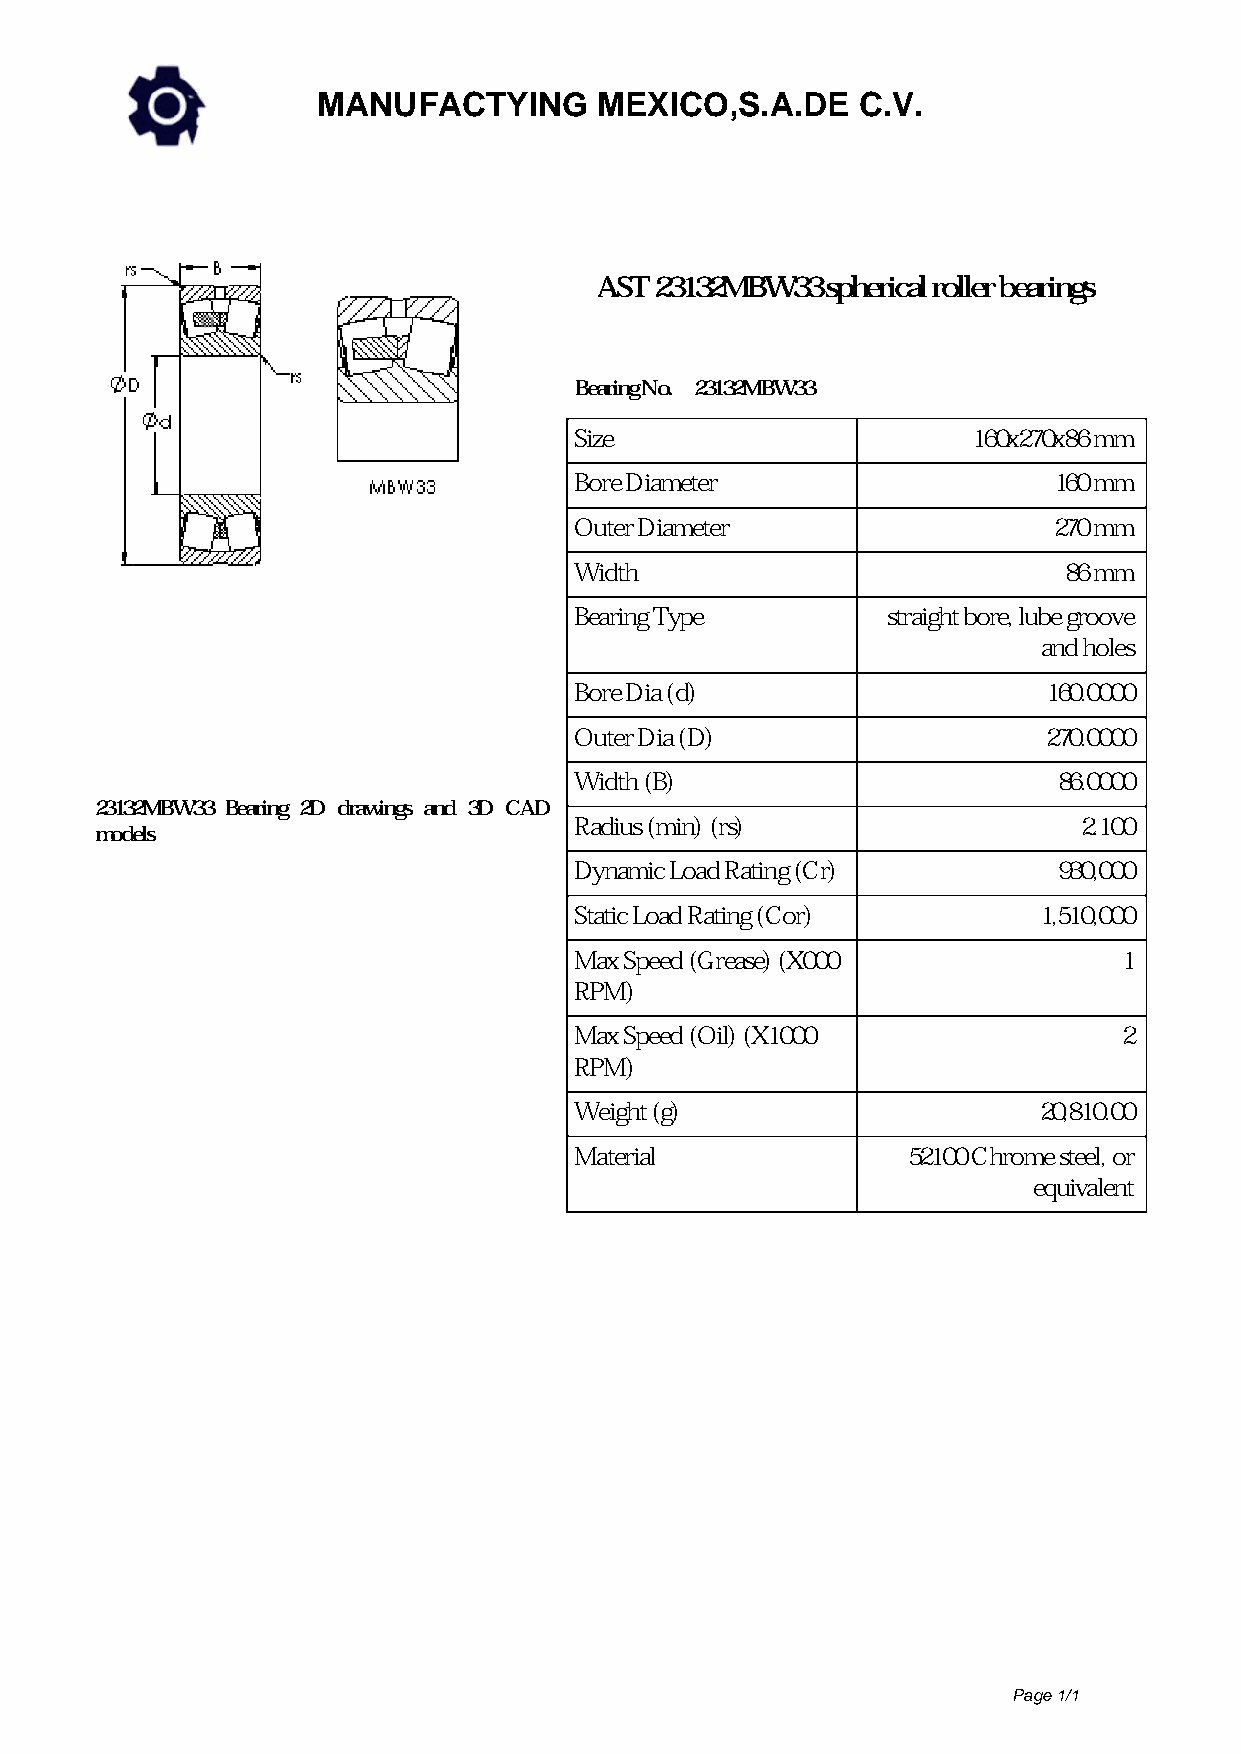
MANUFACTYING       MEXICO,S.A.DE    C.V.
 AST 23132MBW33  spherical roller bearings
 Bearing No. 23132MBW33
 Size                      160x270x86 mm
 Bore Diameter                   160 mm
 Outer Diameter                  270 mm
 Width                           86 mm
 Bearing Type         straight bore, lube groove
 and holes
 Bore Dia (d)                   160.0000
 Outer Dia (D)                  270.0000
 Width (B)                       86.0000
 23132MBW33 Bearing 2D drawings and 3D CAD
 Radius (min) (rs)                 2.100
 models
 Dynamic Load Rating (Cr)        930,000
 Static Load Rating (Cor)       1,510,000
 Max Speed (Grease) (X000            1
 RPM)
 Max Speed (Oil) (X1000              2
 RPM)
 Weight (g)                     20,810.00
 Material              52100 Chrome steel, or
 equivalent
 Page 1/1
 Powered by TCPDF (www.tcpdf.org)